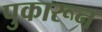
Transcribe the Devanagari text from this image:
पुकारून